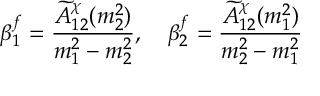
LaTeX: \beta _ { 1 } ^ { f } = { \frac { \widetilde A _ { 1 2 } ^ { \chi } ( m _ { 2 } ^ { 2 } ) } { m _ { 1 } ^ { 2 } - m _ { 2 } ^ { 2 } } } , \quad \beta _ { 2 } ^ { f } = { \frac { \widetilde A _ { 1 2 } ^ { \chi } ( m _ { 1 } ^ { 2 } ) } { m _ { 2 } ^ { 2 } - m _ { 1 } ^ { 2 } } }